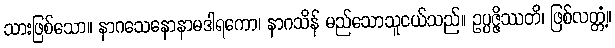
သားဖြစ်သော။ နာဂသေနောနာမဒါရကော၊ နာဂသိန် မည်သောသူငယ်သည်။ ဥပ္ပဇ္ဇိဿတိ၊ ဖြစ်လတ္တံ့။